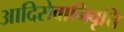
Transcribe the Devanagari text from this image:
आदिसेवानिवृत्ति